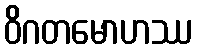
ဝိဂတမောဟဿ